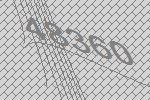
48360